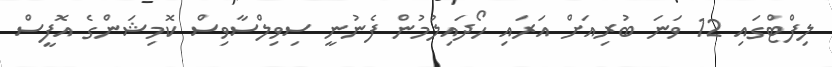
ލިފްޓްގައި 12 ވަނަ ބުރިއަށް އަރައި ހޯދައިލުމުން ފެނުނީ ސިވިލްސާވިސް ކޮމިޝަންގެ އޮފީސް